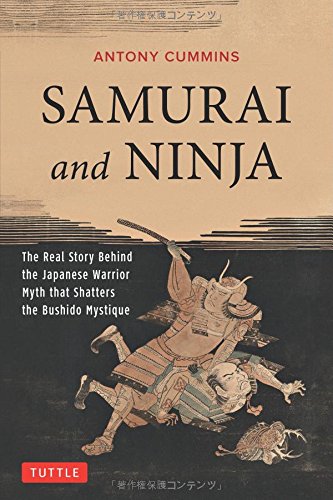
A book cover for Samurai and Ninja: The Real Story Behind the Japanese Warrior Myth that Shatters the Bushido Mystique; Antony Cummins; History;